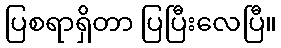
ပြစရာရှိတာ ပြပြီးလေပြီ။